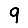
Digit: 9